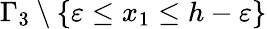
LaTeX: \Gamma_{3}\setminus\{ \varepsilon\leq x_{1}\leq h-\varepsilon\}